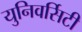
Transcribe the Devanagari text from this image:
युनिवर्सिटी